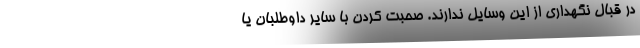
در قبال نگهداری از این وسایل ندارند. صحبت کردن با سایر داوطلبان یا